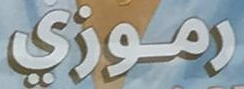
رموزي